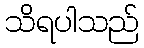
သိရပါသည်